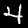
Digit: 4